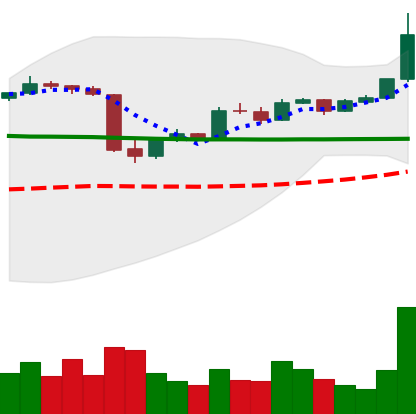
Ticker: LTC-USD
Chart end date: 2015-06-14
Forward return: 40.164%
Label: up_7plus